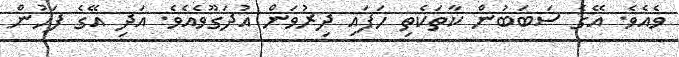
ވެއެވެ. އޭގެ ސަބަބުން ކާތަކެތި ހަފައި ދިރުވަން އުދަގޫވެއެވެ. އަދި އޭގެ ފަހުން